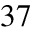
3 7